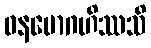
ဝနမောဂဟိဿသိ